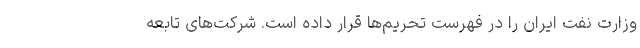
وزارت نفت ایران را در فهرست تحریم‌ها قرار داده است. شرکت‌های تابعه